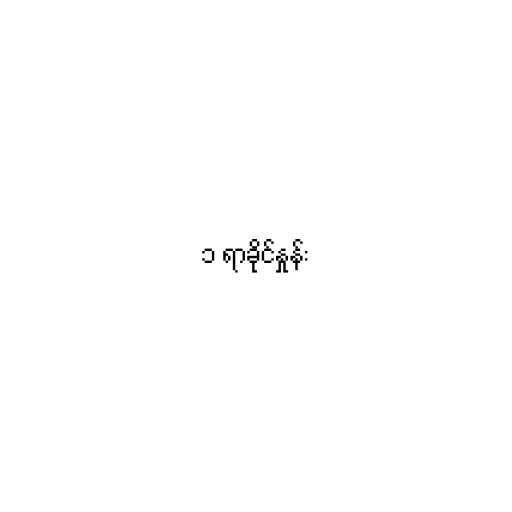
၁ ရာခိုင်နှုန်း